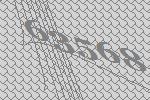
63568